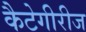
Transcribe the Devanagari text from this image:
कैटेगीरीज